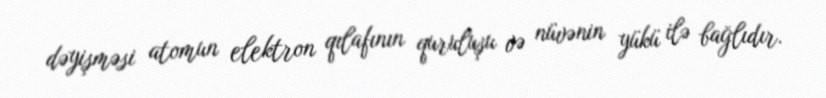
dəyişməsi atomun elektron qılafının quruluşu və nüvənin yükü ilə bağlıdır.